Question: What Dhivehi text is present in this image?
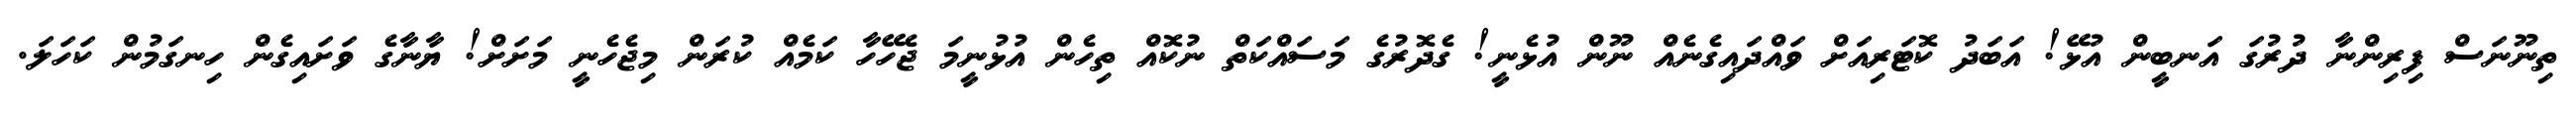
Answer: ތިނޫނަސް ފިރިންނާ ދުރުގަ އަނބީން އުޅޭ! އަބަދު ކޮޓަރިއަށް ވައްދައިގެނެއް ނޫން އުޅެނީ! ގެދޮރުގެ މަސައްކަތް ނުކޮއް ތިހެން އުޅުނީމަ ޖެހޭހާ ކަމެއް ކުރަން މިޖެހެނީ މަށަށް! ޔާނާގެ ވަށައިގެން ހިނގަމުން ކަހަލަ.